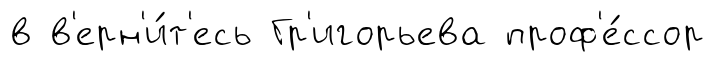
в в'ерн'и́т'есь Гр'игорьева проф'е́ссор